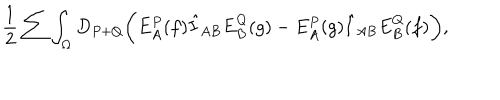
LaTeX: { \frac { 1 } { 2 } } \sum \int _ { \Omega } D _ { P + Q } \biggl ( E _ { A } ^ { P } ( f ) \hat { I } _ { A B } E _ { B } ^ { Q } ( g ) - E _ { A } ^ { P } ( g ) \hat { I } _ { A B } E _ { B } ^ { Q } ( f ) \biggr ) ,